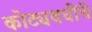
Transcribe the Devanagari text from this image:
कोट्यवधींचे